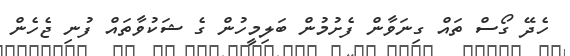
ހެދޭ ގޯސް ތައް ގިނަވާން ފެށުމުން ބަލިމީހުން ގެ ޝަކުވާތައް ފުނި ޖެހެން